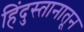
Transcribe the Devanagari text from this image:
हिंदुस्तानातून